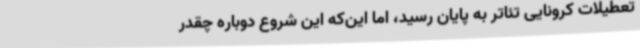
تعطیلات کرونایی تئاتر به پایان رسید، اما این‌که این شروع دوباره چقدر